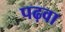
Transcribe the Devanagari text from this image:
पढ़वा